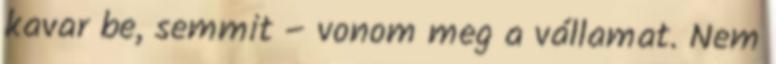
kavar be, semmit – vonom meg a vállamat. Nem